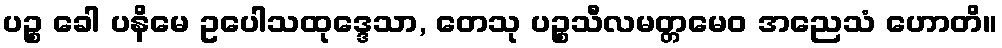
ပဉ္စ ခေါ ပနိမေ ဥပေါသထုဒ္ဒေသာ, တေသု ပဉ္စသီလမတ္တမေဝ အညေသံ ဟောတိ။